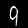
Digit: 9